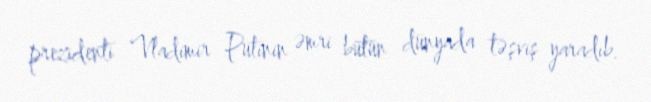
prezidenti Vladimir Putinin əmri bütün dünyada təşviş yaradıb.